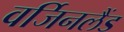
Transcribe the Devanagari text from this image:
वर्जिनलैंड